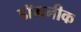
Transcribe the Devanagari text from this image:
डॉमनीक